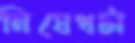
নিষেধটা